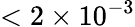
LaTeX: <2\times 10^{-3}